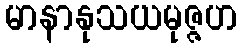
မာနာနုသယမုဇ္ဇဟ